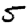
Digit: 5